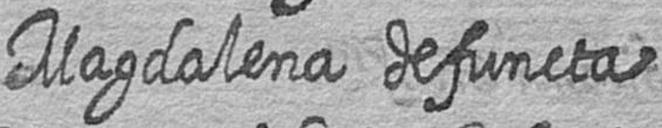
Magdalena defuncta